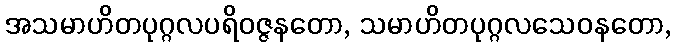
အသမာဟိတပုဂ္ဂလပရိဝဇ္ဇနတော, သမာဟိတပုဂ္ဂလသေဝနတော,